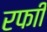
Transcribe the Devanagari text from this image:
रफाी